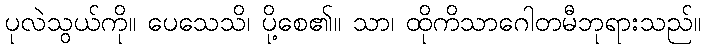
ပုလဲသွယ်ကို။ ပေသေသိ၊ ပို့စေ၏။ သာ၊ ထိုကိသာဂေါတမီဘုရားသည်။